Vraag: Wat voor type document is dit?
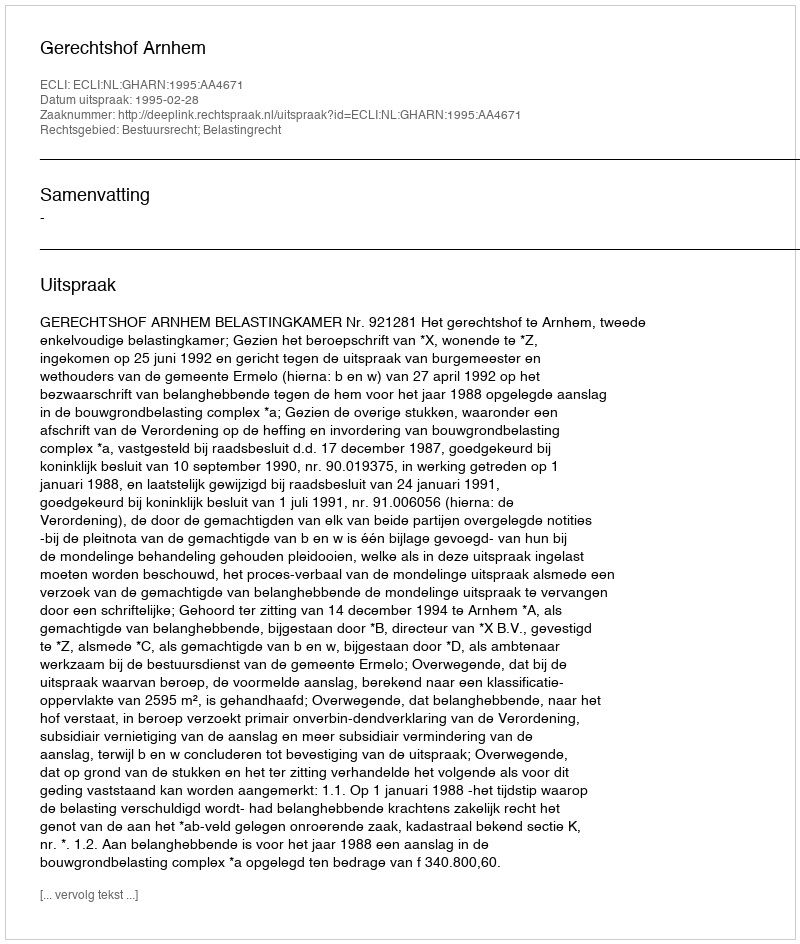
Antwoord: Uitspraak